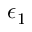
\epsilon _ { 1 }